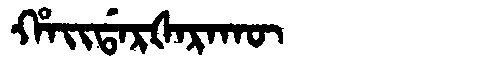
Manchu: ᡥᠠᡳᡩᠠᡵᡧᠠᡵᠠᡴᡡ
Romanization: HAIDARŠARAKŪ